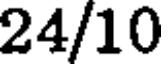
24/10